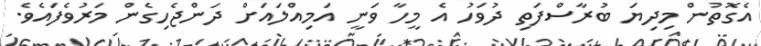
އެގޮތުން މިިދިޔަ ބުރާސްފަތި ދުވަހު އެ މީހާ ވަނީ އަމިއްލައަށް ދަންޖެހިގެން މަރުވެފައެވެ.